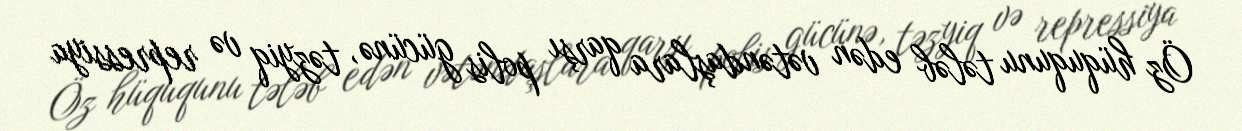
Öz hüququnu tələb edən vətəndaşlara qarşı polis gücünə, təzyiq və repressiya